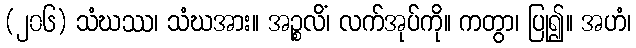
(၂၀၆) သံဃဿ၊ သံဃအား။ အဉ္စလိံ၊ လက်အုပ်ကို။ ကတွာ၊ ပြု၍။ အဟံ၊